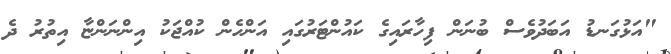
"އަޅުގަނޑު އަބަދުވެސް ބުނަން ފިހާރައިގެ ކައުންޓަރުގައި އަންހެން ކުއްޖަކު އިންނަންޏާ އިތުރު ދެ